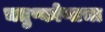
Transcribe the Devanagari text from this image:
चतुष्कोणाचा